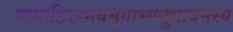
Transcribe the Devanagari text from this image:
मायाहिरण्मयमृगाभ्यनुधावनस्य